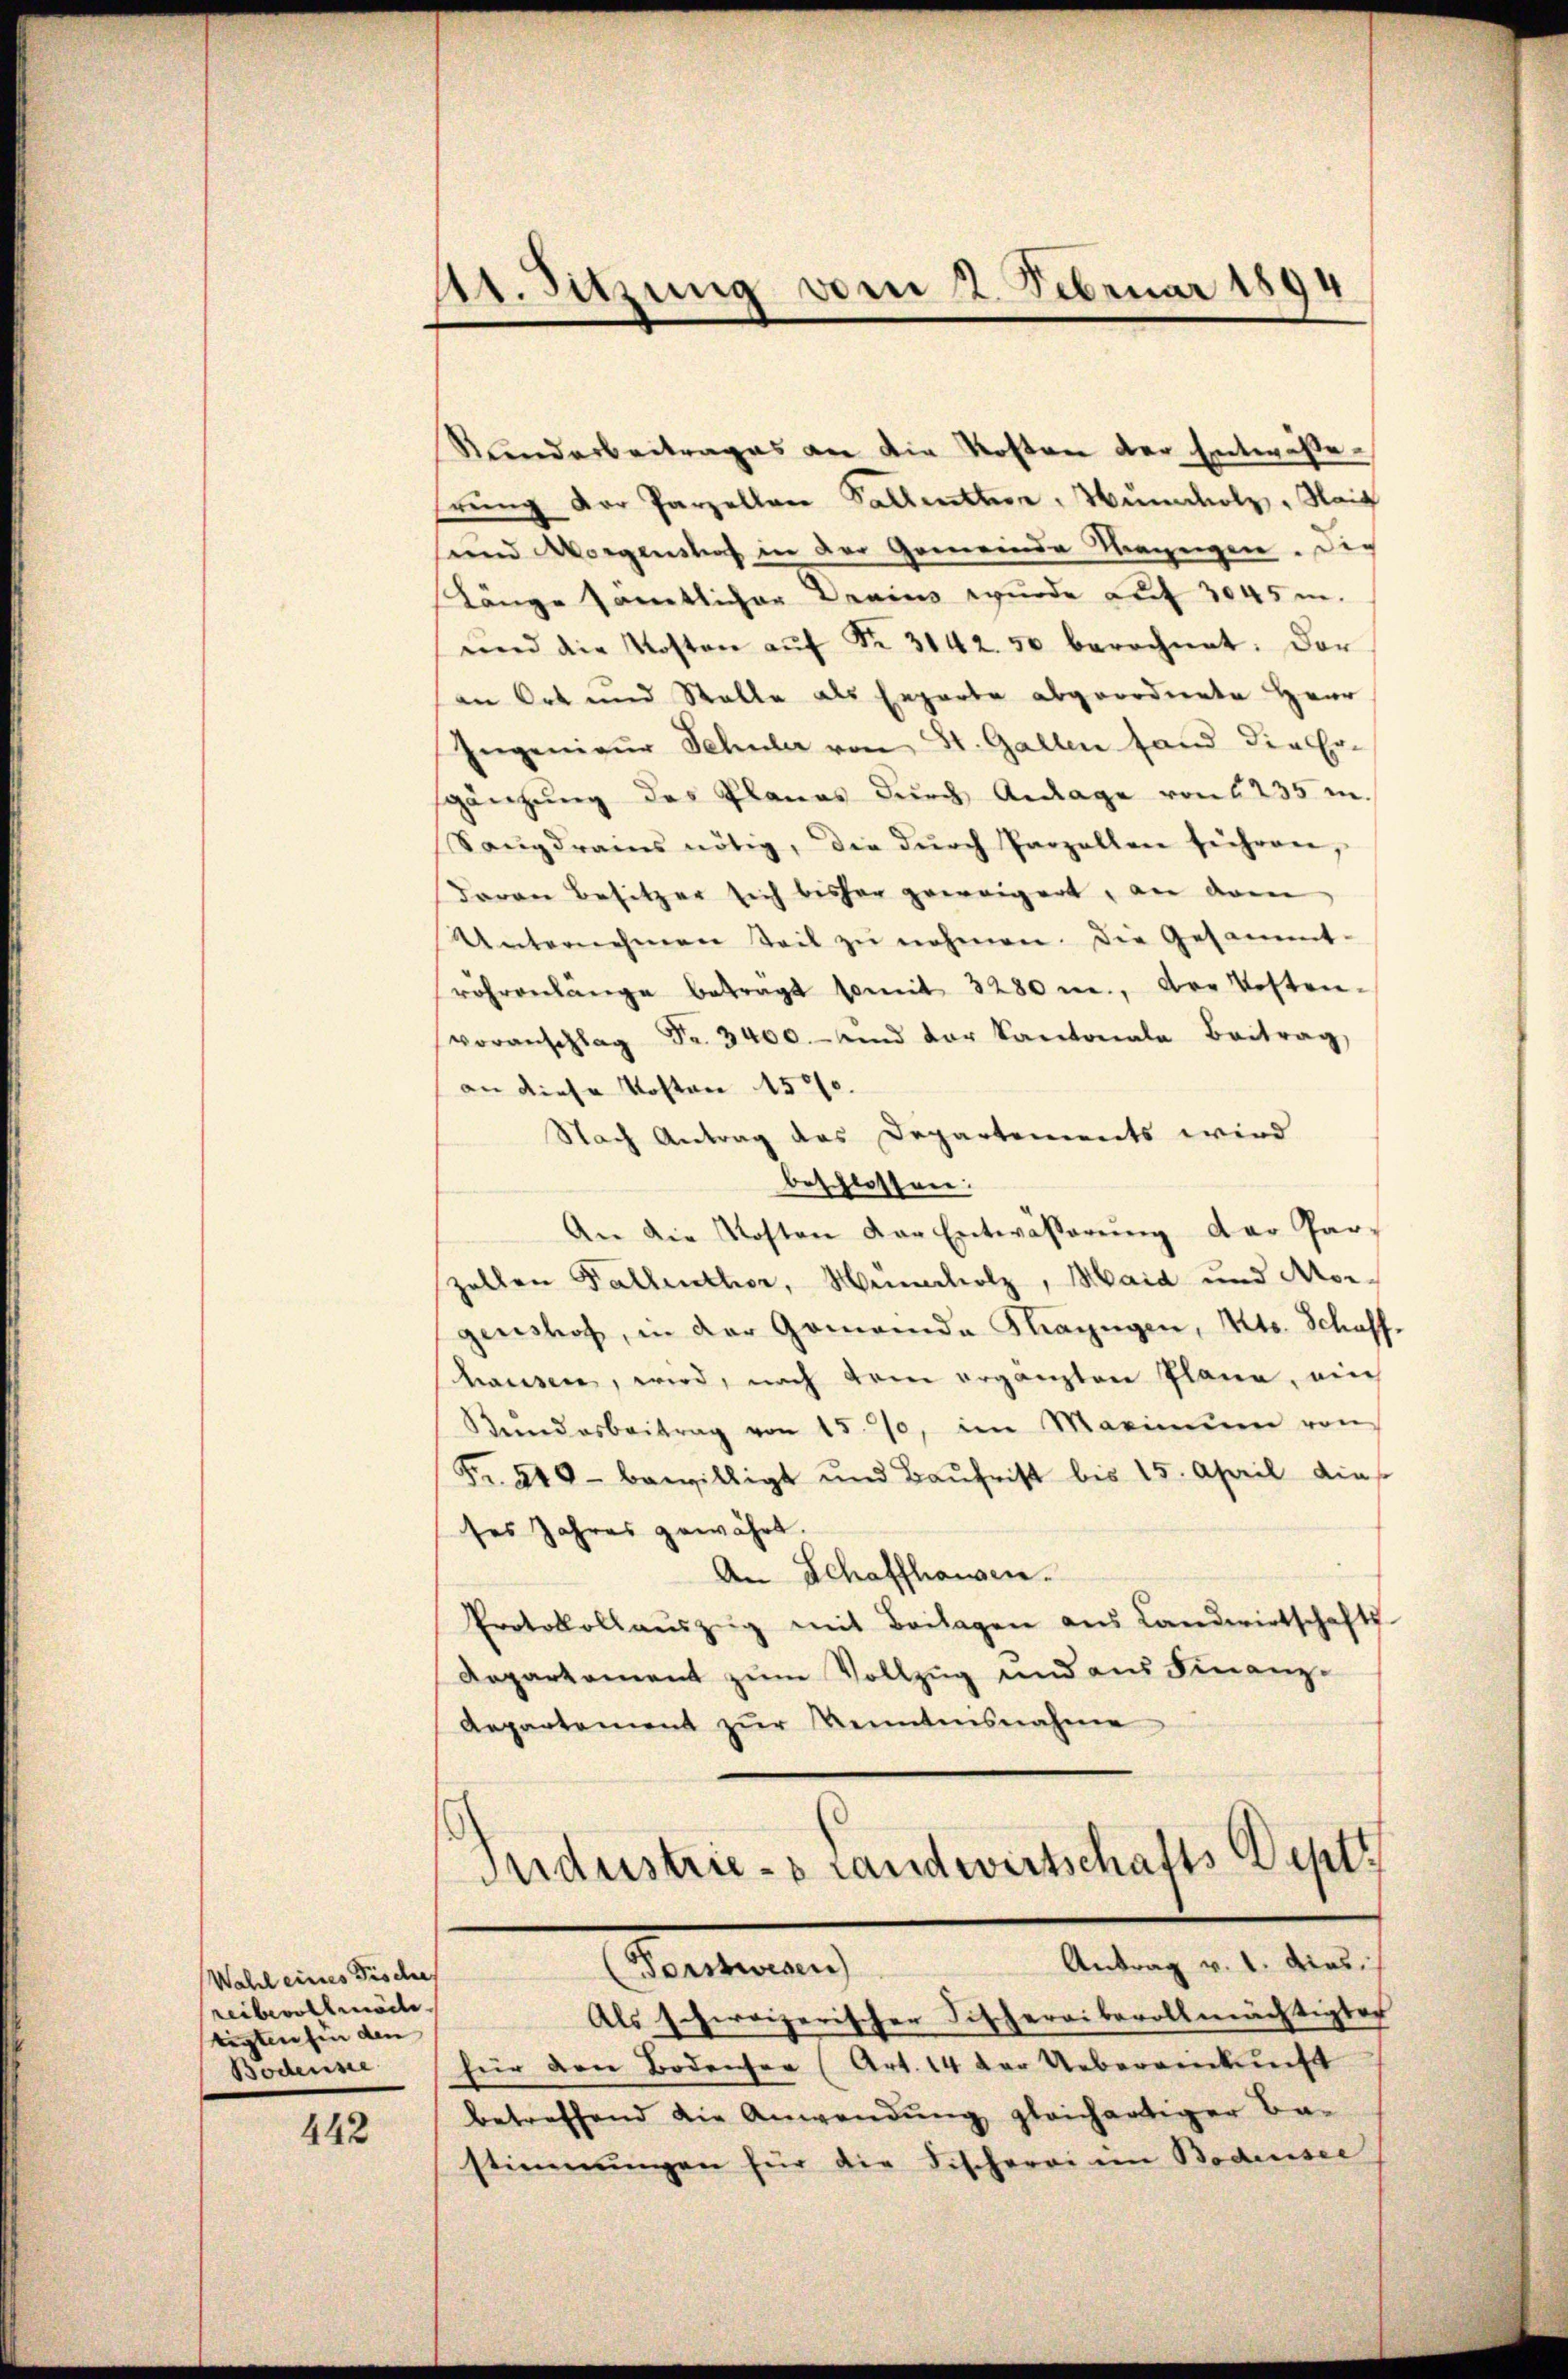
Wahl eines Fische
reibevollmödi
tigtenden den
Bodense

442

Kundarbeitrages an die Kosten der Enter Perŭng der Parzellen Falletter, Mundholz, Haig
sund Vorgenshof in der Gemeinde dagegen. Die
Länge sämtlicher Drains wurde auf 3045 m.
und die Kosten aŭf Fr. 3142. 50 berechnet. Der
an Ort und Stelle als Erzarte abgeordnete Herr
Ingenieŭr Schuler von St. Gallen fand die Er-
gänzung des Planes durch Anlage von 235 n
Sangdrais nötig, die dŭrch Parzellen führen,
daran Besitzer sich bisher geweigert, an dem
Unternehmen Teil zŭ nehmen. Die Gesammt-
röhrenlänge betragt somit 3280 m., der Kosten-
voranschlag Fr. 3400. und der Kantonale Beitrag,
an diese Kosten 1500.
Nach Antrag das Departements wird
beschlossen.
An die Kosten der Entwässerŭng der Par-
zollen Fallenther, Müncholz, Maid und Morgenshof, in der Gomanda Mazügen, Kts. Schaff-
hausen, wird, nach dem ergänzten Plane, ain
Bundesbeitrag von 157, im Maximum von
Fr. 240 - bewilligt und Baŭhrist bis 15. April die
ses Jahres gewährt.
An Schaffhausen.
Protokollaŭszŭg mit Beilagen aus Landwirtschafts
Dopartament zum Vollzug und aus Finanz-
Aepartement zŭr Kenntensnahme

41. Sitzung vom 2. Februar 1894

Industrie-s Landwirtschafts Depts
Antrag v. 1. dies
Partemen
Als schreizerischer Fitheroibevollmächtigter

für den Bodenser (Art. 14 der Uebereinkunft
betreffend die Anwendung gleichartiger Ba-
stimmungen für die Fischerei im Bodensee